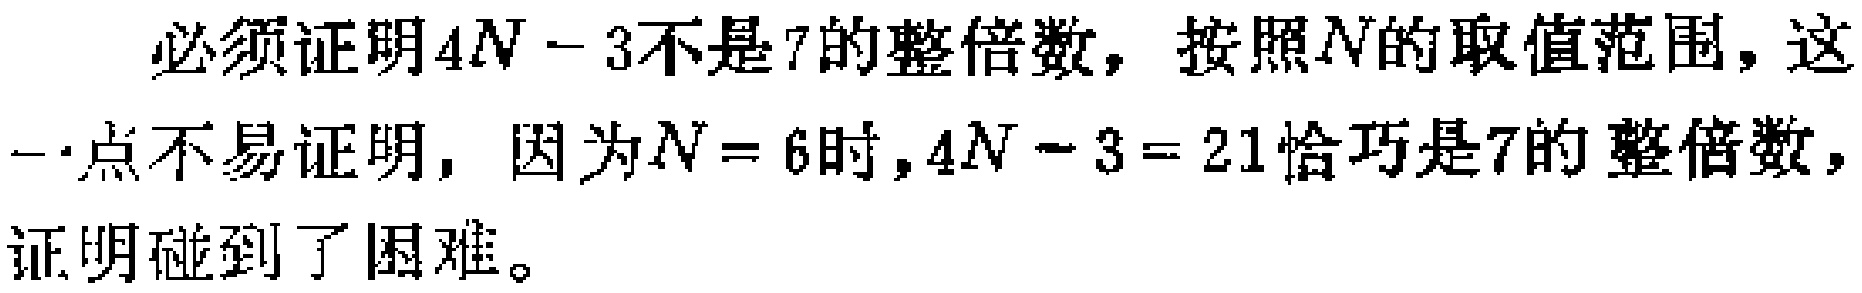
必须证明\(4N - 3\)不是\(7\)的整倍数，按照\(N\)的取值范围，这一点不易证明，因为\(N = 6\)时，\(4N - 3 = 21\)恰巧是\(7\)的整倍数，证明碰到了困难。